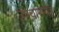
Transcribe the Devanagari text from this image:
उपचारमात्र